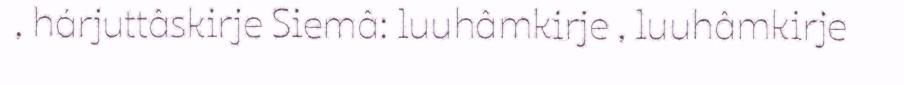
, hárjuttâskirje Siemâ: luuhâmkirje , luuhâmkirje